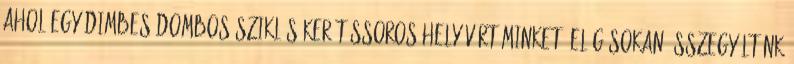
ahol egy dimbes-dombos-sziklás-kerítéssoros hely várt minket. Elég sokan összegyűltünk